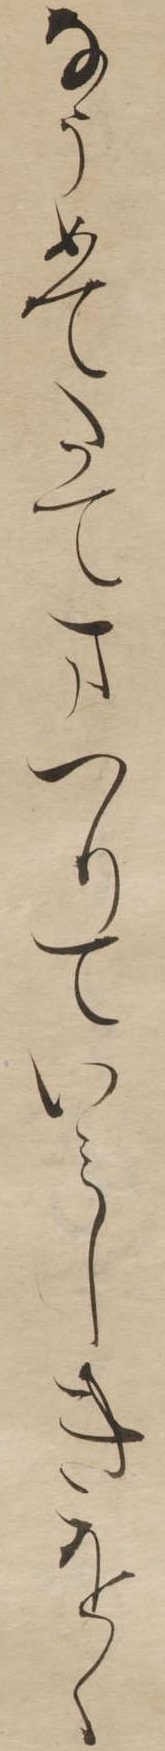
なうめてたてまつりていみしきをく